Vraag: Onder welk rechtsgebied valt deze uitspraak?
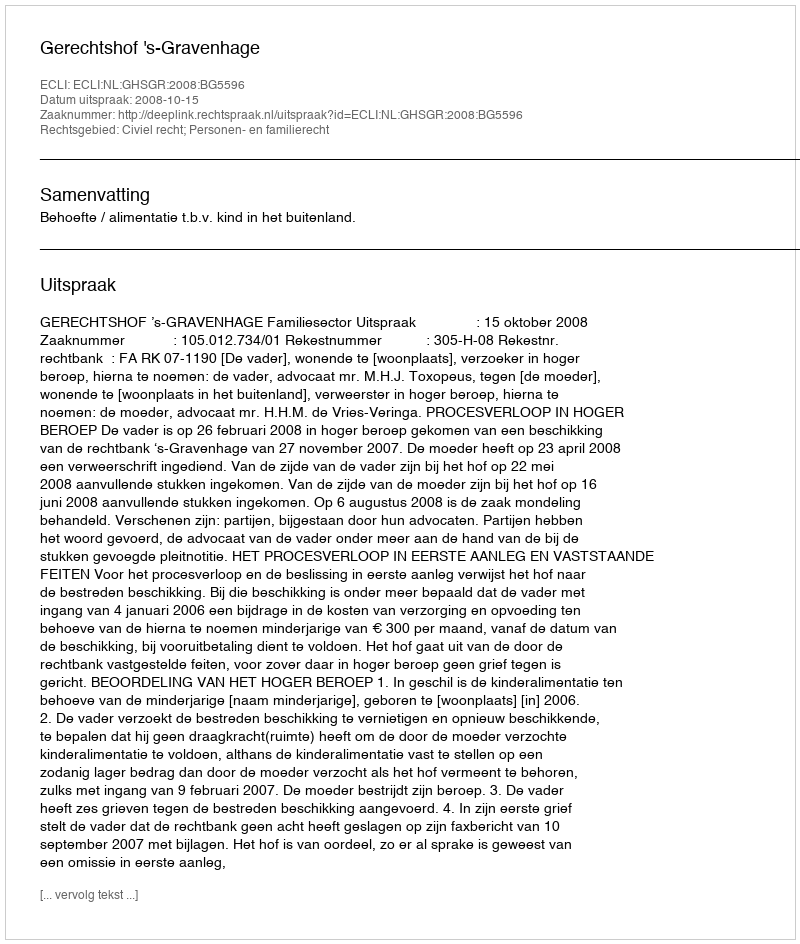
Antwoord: Civiel recht; Personen- en familierecht